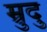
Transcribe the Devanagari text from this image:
म्रुदु